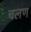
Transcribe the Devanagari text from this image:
चलण